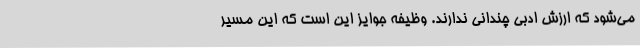
می‌شود که ارزش ادبی چندانی ندارند. وظیفه جوایز این است که این مسیر